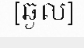
[ឆ្ងល់]